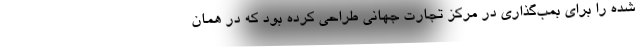
شده را برای بمب‌گذاری در مرکز تجارت جهانی طراحی کرده بود که در همان